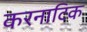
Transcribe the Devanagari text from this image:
करनाटिक